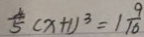
\frac { 4 } { 5 } ( x + 1 ) ^ { 3 } = 1 \frac { 9 } { 1 6 }